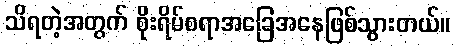
သိရတဲ့အတွက် စိုးရိမ်စရာအခြေအနေဖြစ်သွားတယ်။